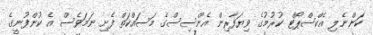
ކަންނެލި އެކްސްޕޯޓް ކުރުމުގެ ވިޔަފާރިން އެންސިސްގެ މަސައްކަތް ފެށި ނަމަވެސް އެ ކުންފުނީގެ